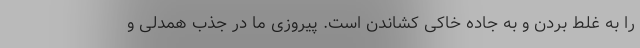
را به غلط بردن و به جاده خاکی کشاندن است. پیروزی ما در جذب همدلی و